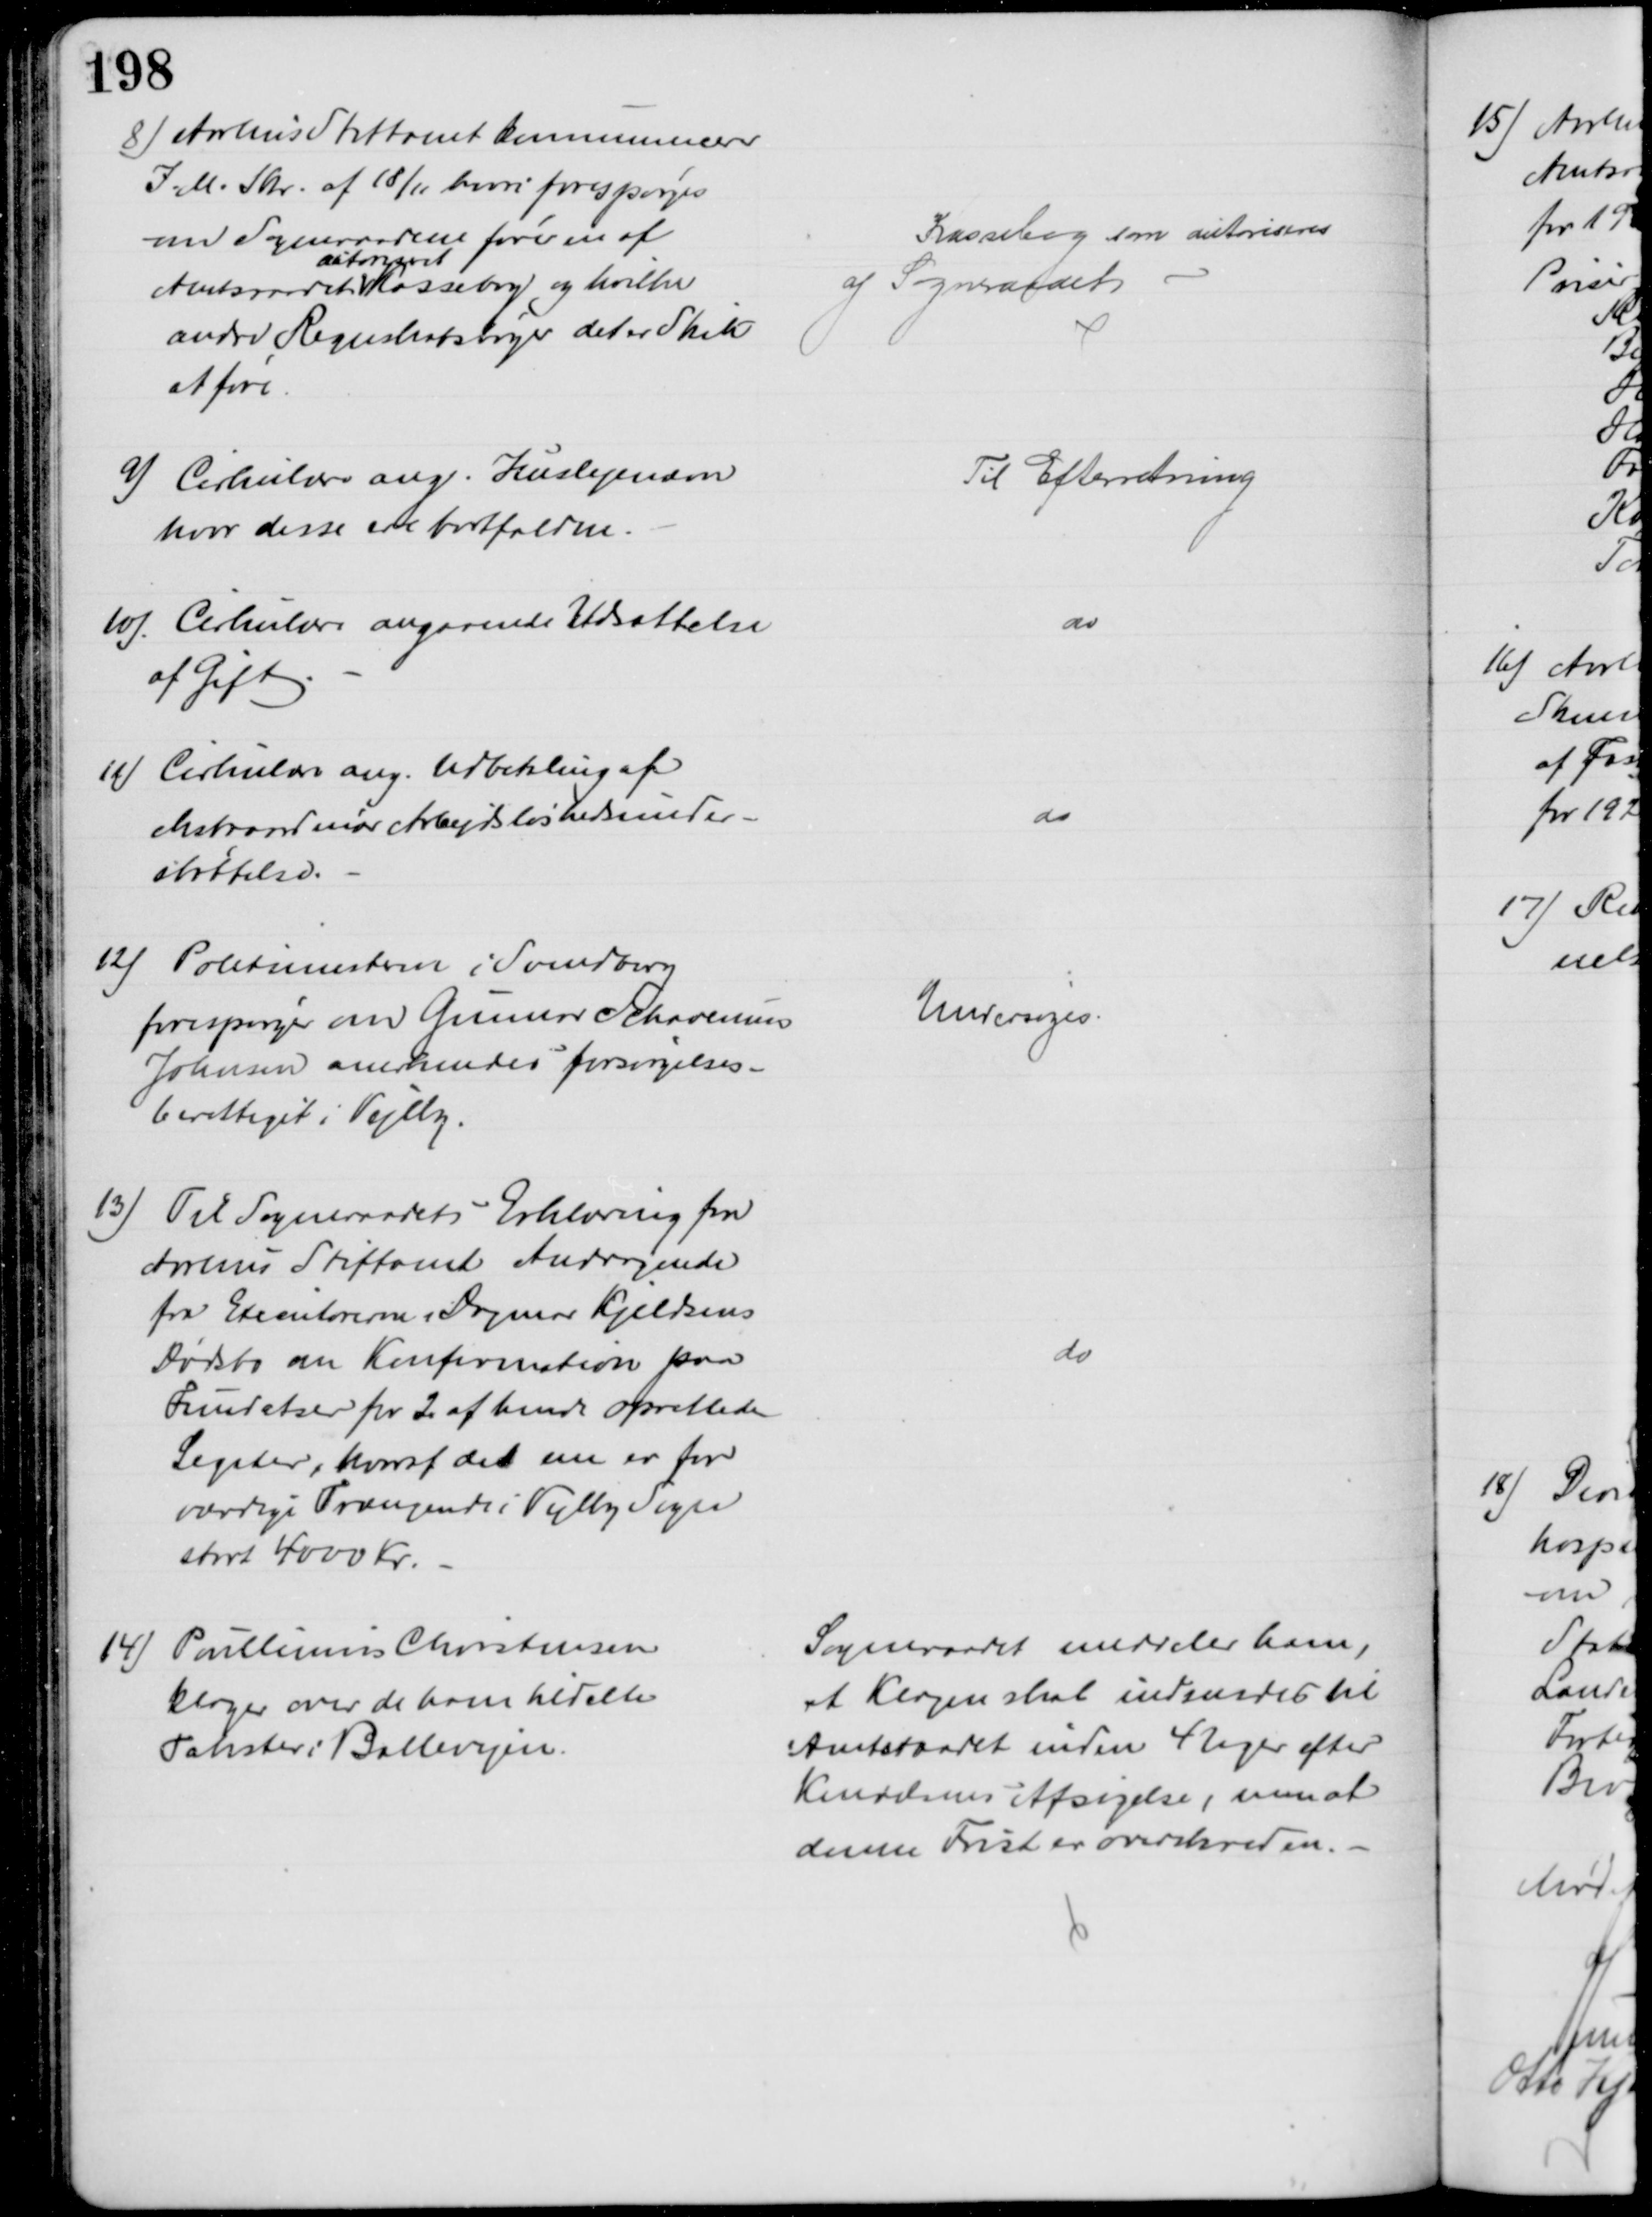
Transskription:
8) Aarhus Stiftamt kommunicerer
I. M. Skr. af 18/11 hvori forespørges
om Sogneraadene fører en af
Amtsraadet 
autoriseret
Kassebog og hvilke
andre Regnskabsbøger det er Skik
at føre
Kassebog som autoriseres
af Sogneraadet
9) Cirkulære ang. Huslejenævn
hvor disse ere bortfaldne.
Til Efterretning
10). Cirkulære angaaende Udsættelse
af Gift
do
11) Cirkulære ang. Udbetaling af
ekstraordinær Arbejdsløshedsunder-
støttelse.
do
12) Politimesteren i Svendborg
forespørger om Gunnar Schavenius
Johnsen anerkendes forsørgelses-
berettiget i Vejlby.
Undersøges
13) Til Sogneraadets Erklæring fra
Aarhus Stiftamt Andragende
fra Executorerne i Dagmar Kjeldsens
Dødsbo om Konfirmation paa
Fundatser for 2 af hende oprettede
Legater, hvoraf det ene er for
værdige Trængende i Vejlby Sogn
stort 4000 Kr.
do
14) Poullinius Christensen
klager over de ham tildelte
Takster i Ballevejen.
Sogneraadet meddeler ham,
at Klagen skal indsendes til
Amtsraadet inden 4 Uger efter
Kendelsens Afsigelse, men at
denne Frist er overskreden.